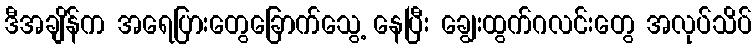
ဒီအချိန်က အရေပြားတွေခြောက်သွေ့ နေပြီး ချွေးထွက်ဂလင်းတွေ အလုပ်သိပ်